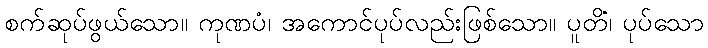
စက်ဆုပ်ဖွယ်သော။ ကုဏပံ၊ အကောင်ပုပ်လည်းဖြစ်သော။ ပူတိံ၊ ပုပ်သော